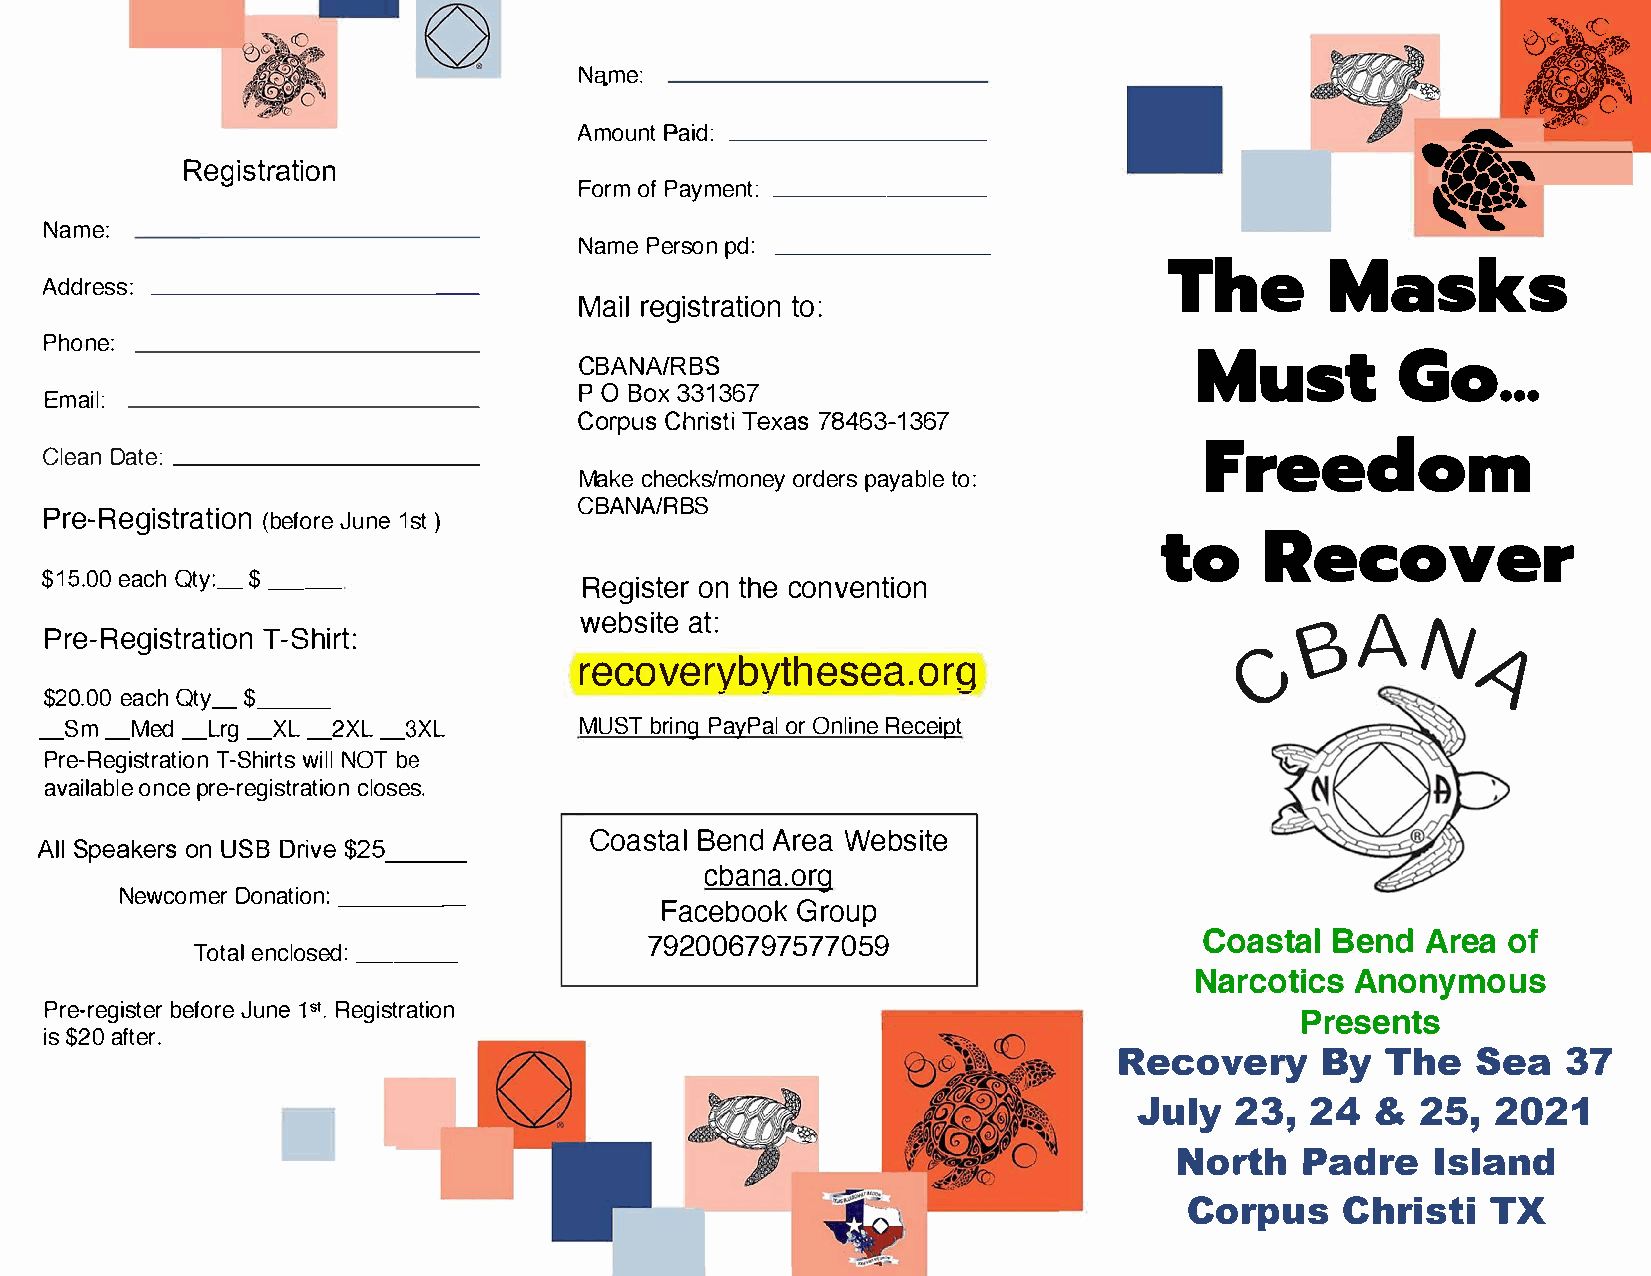
••
 Na.me:
 .,.,
 AmouPnati _d_:_ ___      _
 Registration
 ForomfP ayme_n_t_:_ _    _                               ft'·
 Name:
 NamPee  rspodn:_ ____ _
 TheM            asks
 Addre_s_s_:_ ____         _
 Mail      registration               to:
 Phone:
 MusGto.                  ..
 CBANA/RBS
 P   BOo 3x3 1367
 Email:
 CorpCuhsr  iTsetxia7 s8 463-1367
 Freedom
 CleDaant _e_:_ _____       _
 Makceh  ecks/monpeayy   atoborl:de e rs
 Per-Regis(bterfJoaurtne1ie so tn ) CBANA/RBS
 toR         ecover
 $15.e0a0cQ ht y:___$
 Regiosntt   ehcreo nvention
 website         at:
 Pre-RegiTs-tSrhaitrito:n                                                           eAN
 recoverv                 --bvthes0ea.or4q
 -   -
 $20.e0a0cQ ht y$__ _
 _Sm_  Med_ Lr_gX L_ 2XL_ 3XL       MUSbTr  iPnagy PoarOl n liRneec eipt
 Pre-RegiTs-tSrshwa iitrNlitOloTb n e
 avaiolanbcplere e -regcilsotsreast.i on
 CoasBteanlAd  r eWae bsite
 AlSlp eakoenUr SsB D ri$v2e-5 -
 cbana.org
 NewcoDmoenra  tion:     ___  _
 FacebGorooku     p
 CoasBteanlAd     r eoaf
 792006797577059
 Toteanlc lo_s_e d_:
 NarcoAtniocnsy         mous
 Pre-rebgeifsJoturene1rse .t R egistration                                          Presents
 i$s2 0a fter.
 RecoveBryyT         heS   ea3   7
 Jul2y3      ,2 4&  25,2   021
 NorthP     adrIes     land
 CorpuCsh       risTtXi